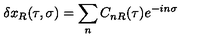
\delta x _ { R } ( \tau , \sigma ) = \sum _ { n } C _ { n R } ( \tau ) e ^ { - i n \sigma }